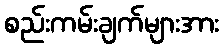
စည်းကမ်းချက်များအား